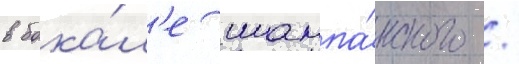
в бока́л'е шампа́нского /